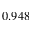
0 . 9 4 8